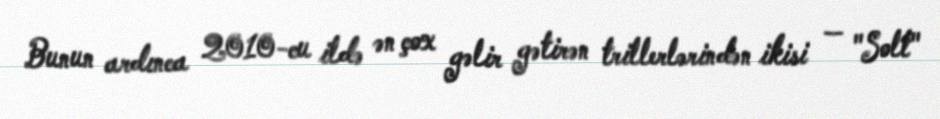
Bunun ardınca 2010-cu ildə ən çox gəlir gətirən trillerlərindən ikisi — "Solt"